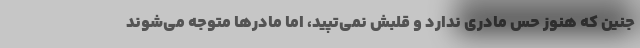
جنین که هنوز حس مادری ندارد و قلبش نمی‌تپید، اما مادرها متوجه می‌شوند